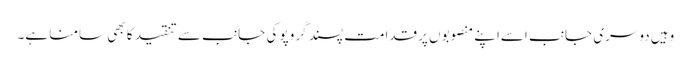
وہیں دوسری جانب اسےاپنے منصوبوں پرقدامت پسند گروپو کی جانب سے تنقید کا بھی سامنا ہے۔